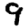
Digit: 9